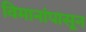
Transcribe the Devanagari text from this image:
विमानांपासून